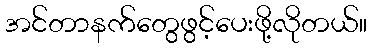
အင်တာနက်တွေဖွင့်ပေးဖို့လိုတယ်။